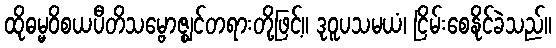
ထိုဓမ္မဝိစယပီတိသမ္ဗောဇ္ဈင်တရားတို့ဖြင့်။ ဒုဝူပသမယံ၊ ငြိမ်းစေနိုင်ခဲသည်။